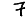
Digit: 7